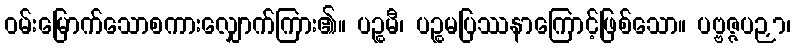
ဝမ်းမြောက်သောစကားလျှောက်ကြား၏။ ပဉ္စမီ၊ ပဉ္စမပြဿနာကြောင့်ဖြစ်သော။ ပဗ္ဗဇ္ဇပဉှာ၊